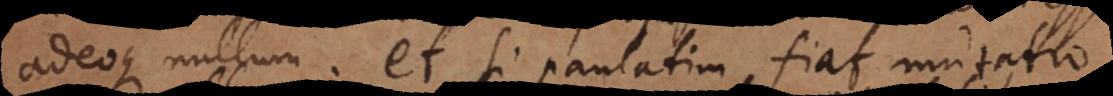
adeoque nullum: et si paulatim fiat mutatio,